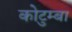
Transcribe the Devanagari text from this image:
कोटुम्बा